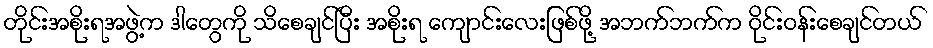
တိုင်းအစိုးရအဖွဲ့က ဒါတွေကို သိစေချင်ပြီး အစိုးရ ကျောင်းလေးဖြစ်ဖို့ အဘက်ဘက်က ဝိုင်းဝန်းစေချင်တယ်